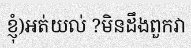
ខ្ញុំ)អត់យល់ ?មិនដឹងពួកវា